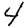
Digit: 4